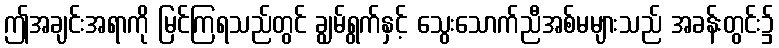
ဤအချင်းအရာကို မြင်ကြရသည်တွင် ချွမ်ရွက်နှင့် သွေးသောက်ညီအစ်မများသည် အခန်းတွင်း၌